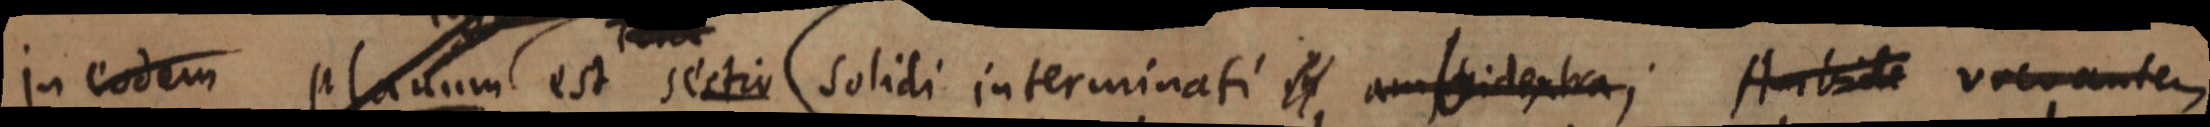
in eodem planum est sectio solidi interminati in ambidextra; Ambide vocantem